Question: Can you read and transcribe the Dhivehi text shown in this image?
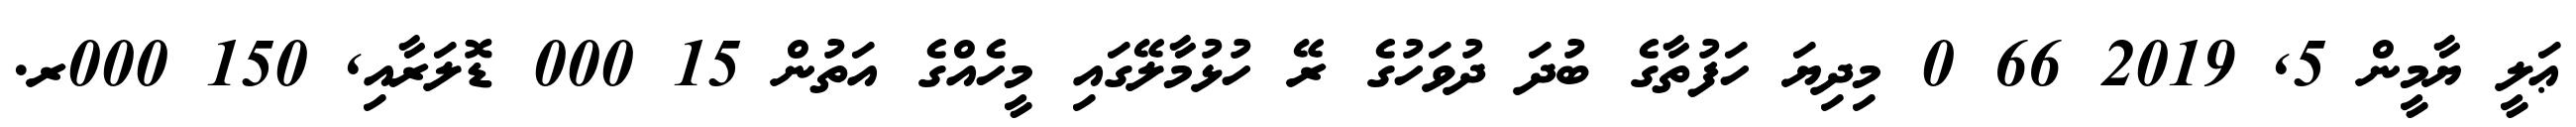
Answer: ޢަލީ ޔާމީން 5, 2019 66 0 މިދިޔަ ހަފުތާގެ ބުދަ ދުވަހުގެ ރޭ ހުޅުމާލޭގައި މީހެއްގެ އަތުން 15 000 ޑޮލަރާއި, 150 000ރ.